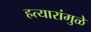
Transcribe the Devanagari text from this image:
हत्यारांमुळे